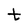
Character: t